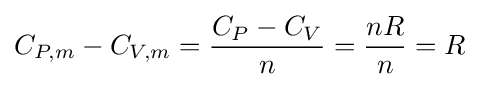
C_{P,m}-C_{V,m}={\frac {C_{P}-C_{V}}{n}}={\frac {nR}{n}}=R